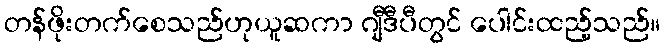
တန်ဖိုးတက်စေသည်ဟုယူဆကာ ဂျီဒီပီတွင် ပေါင်းထည့်သည်။